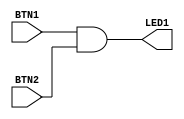
module top (
    input BTN1,
    input BTN2,
    output LED1
);
    assign LED1 = BTN1 & BTN2; 
endmodule